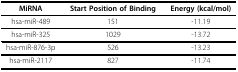
| MiRNA | Start Position of Binding | Energy (kcal/mol) |
 | --- | --- | --- |
 | hsa-miR-489 | 151 | -11.19 |
 | hsa-miR-325 | 1029 | -13.72 |
 | hsa-miR-876-3p | 526 | -13.23 |
 | hsa-miR-2117 | 827 | -11.74 |